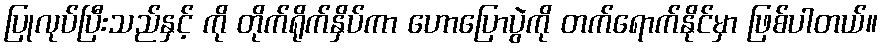
ပြုလုပ်ပြီးသည်နှင့် ကို တိုက်ရိုက်နှိပ်ကာ ဟောပြောပွဲကို တက်ရောက်နိုင်မှာ ဖြစ်ပါတယ်။